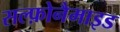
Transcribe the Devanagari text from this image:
सल्फ़ोनैमाइड